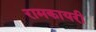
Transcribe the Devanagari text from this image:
रामकायरी